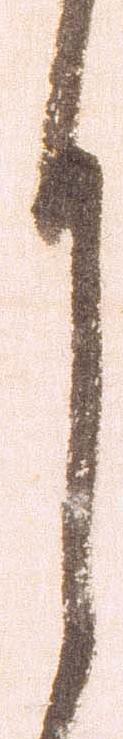
月